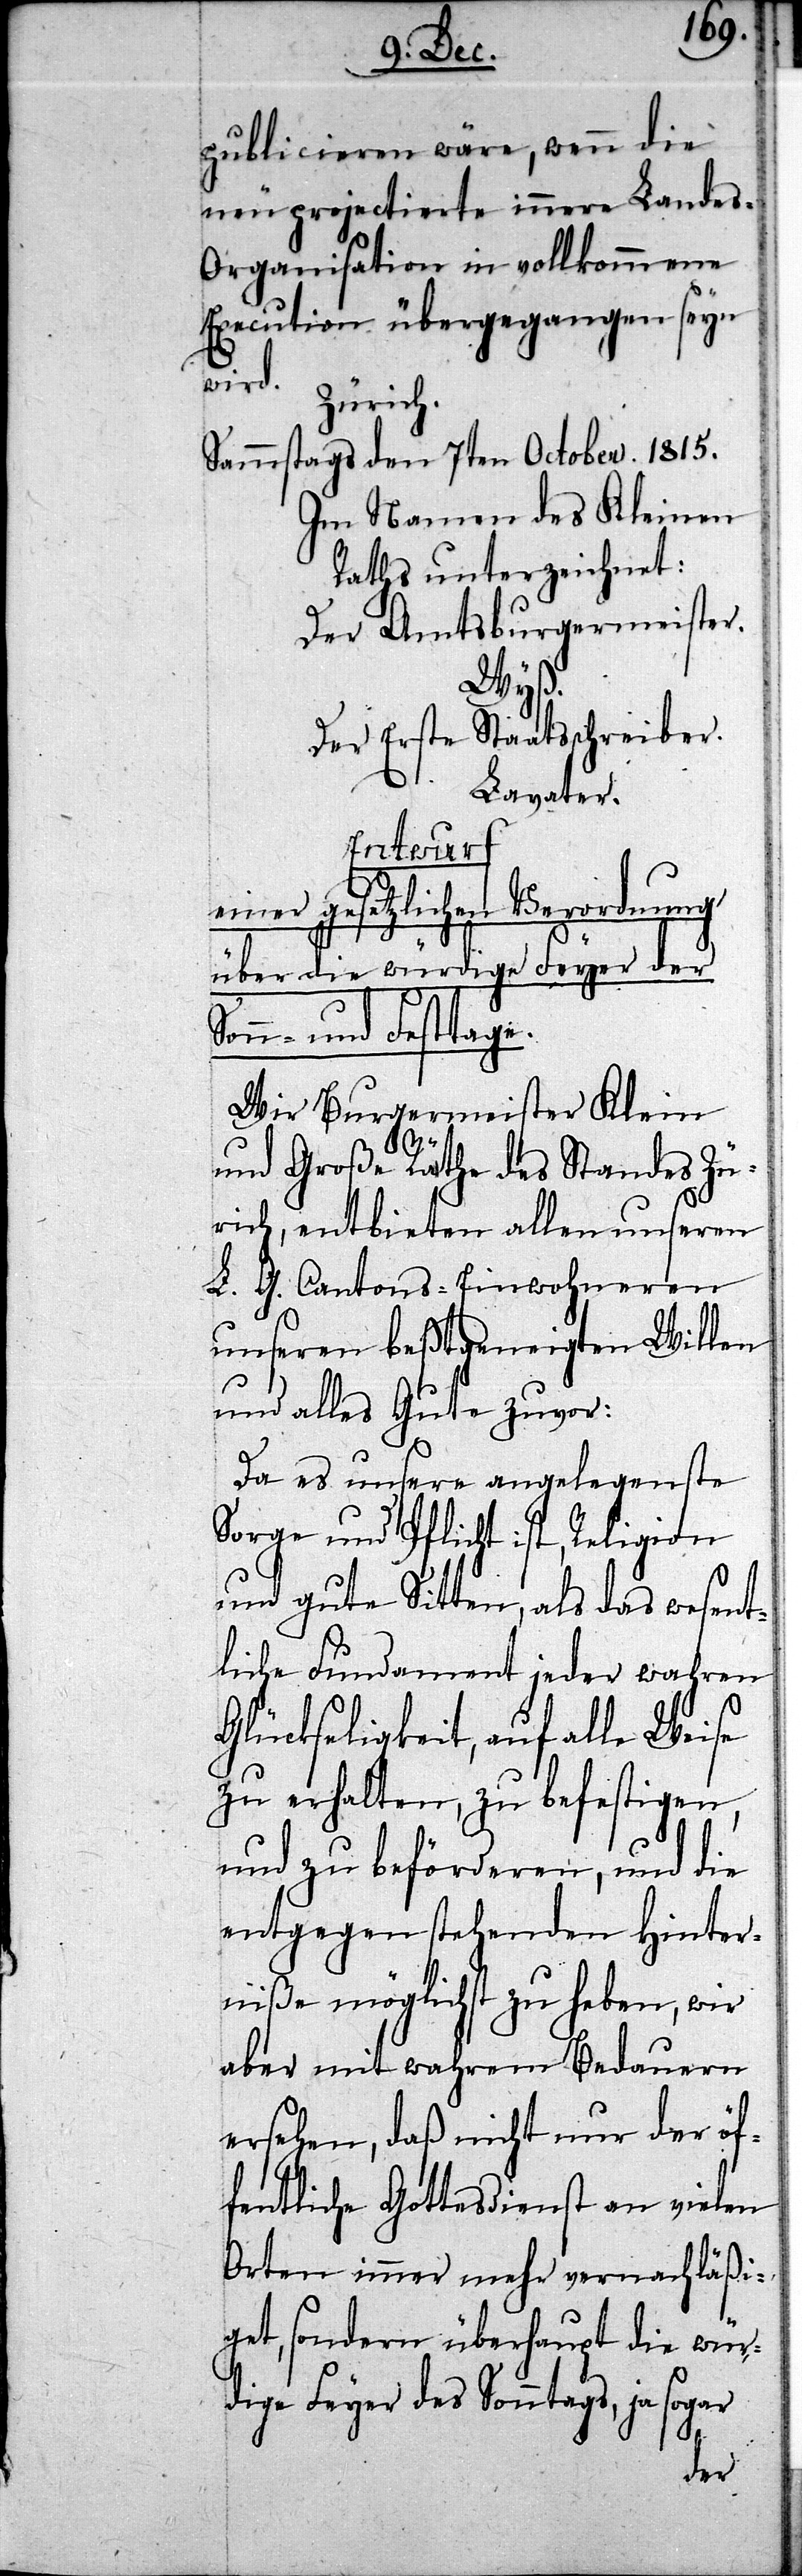
publicieren wäre, wenn die
neu projectierte innere Landes-O¬
rganisation in vollkommene
Execution übergegangen seyn
wird.
Zürich.
Sammstags den 7ten October. 1815.
Im Namen des Kleinen
Raths unterzeichnet:
Der Amtsburgermeister.
Wyß.
Der Erste Staatsschreiber.
Lavater.
Entwurf
einer gesetzlichen Verordnung
über die würdige Feyer der
Sonn- und Festtage.
Wir Burgermeister Klein
und Große Räthe des Standes Zü¬
rich, entbieten allen unseren
L. G. Cantons-Einwohneren
unseren beßtgeneigten Willen
und alles Gute zuvor:
Da es unsere angelegenste
Sorge und Pflicht ist, Religion
und gute Sitten, als das wesent¬
liche Fundament jeder wahren
Glückseligkeit, auf alle Weise
zu erhalten, zu befestigen,
und zu beförderen, und die
entgegen stehenden Hinter¬
niße möglichst zu heben, wir
aber mit wahrem Bedauern
ersehen, daß nicht nur der öf¬
fentliche Gottesdienst an vielen
Orten immer mehr vernachläßi¬
get, sondern überhaupt die wür¬
dige Feyer des Sonntags, ja sogar